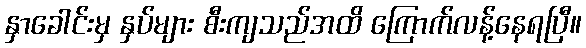
နှာခေါင်းမှ နှပ်များ စီးကျသည်အထိ ကြောက်လန့်နေရပြီ။